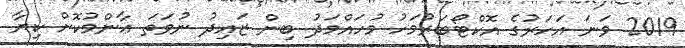
2019 ވަނަ އަހަރުގެ އޮކްޓޯބަރުމަހު މުހައްމަދު ބިން ޒައިދު ނުވަތަ ޢާންމުކޮށް ކިޔާ